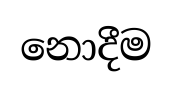
නොදීම